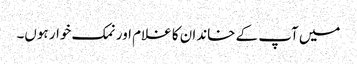
میں آپ کے خاندان کا غلام اور نمک خوار ہوں۔